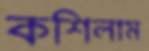
কশিলাম